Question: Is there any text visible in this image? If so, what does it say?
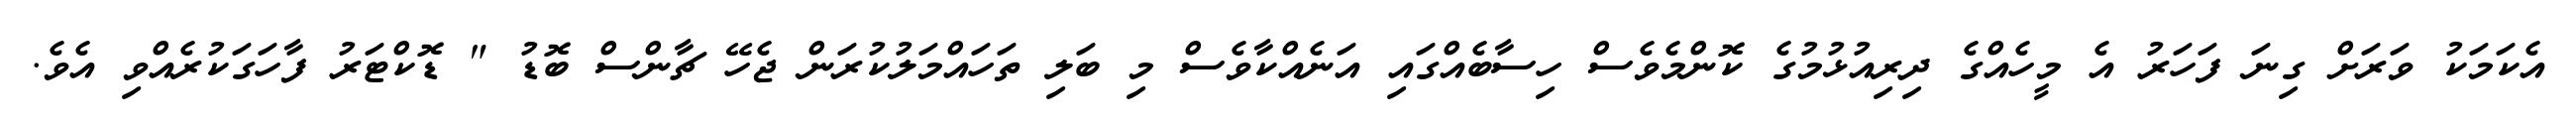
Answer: އެކަމަކު ވަރަށް ގިނަ ފަހަރު އެ މީހެއްގެ ދިރިއުޅުމުގެ ކޮންމެވެސް ހިސާބެއްގައި އަނެއްކާވެސް މި ބަލި ތަހައްމަލުކުރަން ޖެހޭ ޗާންސް ބޮޑު " ޑޮކްޓަރު ފާހަގަކުރެއްވި އެވެ.